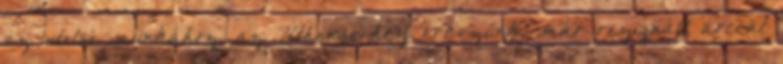
az utolsó munkához, az Úthengerhez érkezünk, már rezignált arccal